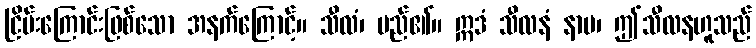
ငြိမ်းကြောင်းဖြစ်သော အနက်ကြောင့်။ သီလံ၊ မည်၏။ ဣဒံ သီလနံ နာမ၊ ဤသီလနဟူသည်